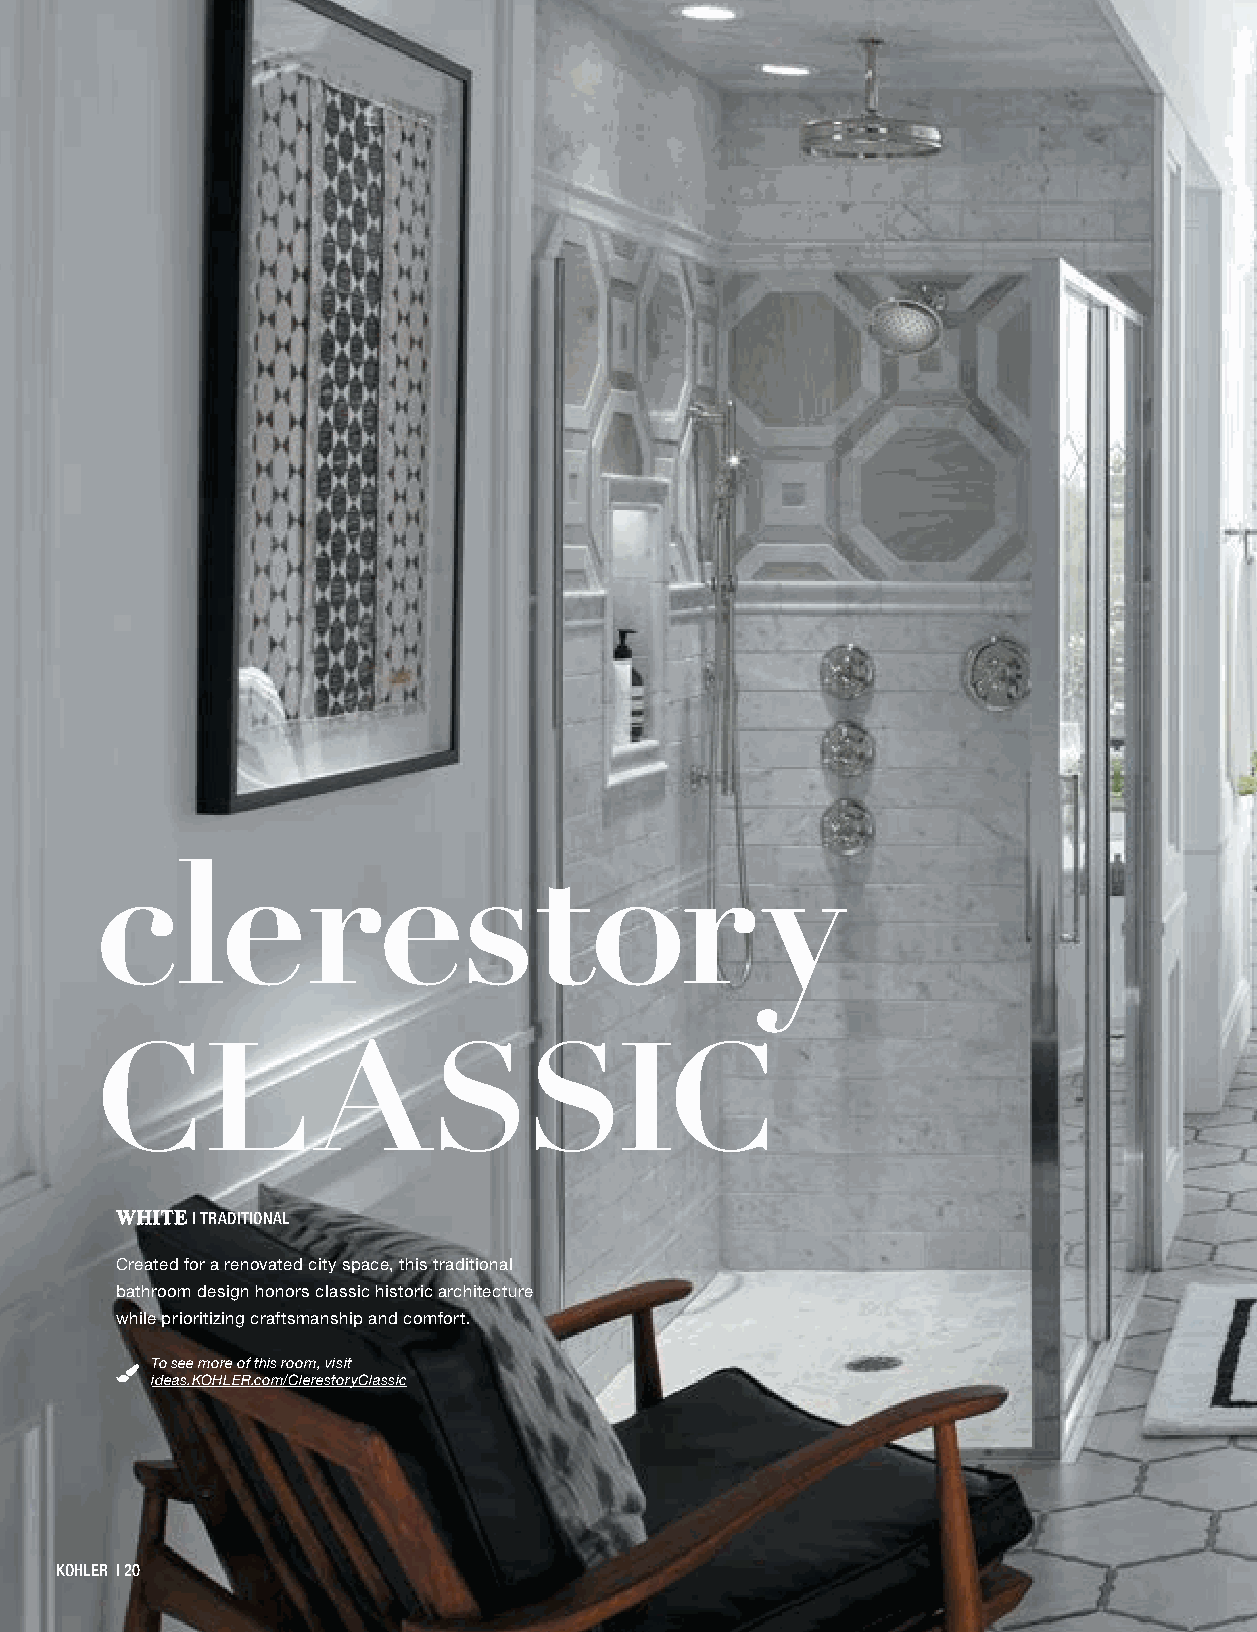
clerestor                                   y
 CLASSIC
 WHITE | TRADITIONAL
 Created for a renovated city space, this traditional
 bathroom design honors classic historic architecture
 while prioritizing craftsmanship and comfort.
 To see more of this room, visit
 ideas.KOHLER.com/ClerestoryClassic
 KKOOHHLLEERR || 2200